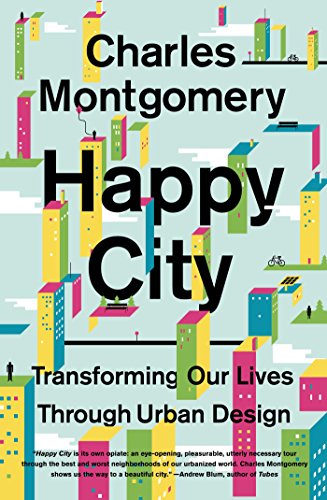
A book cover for Happy City: Transforming Our Lives Through Urban Design; Charles Montgomery; Medical Books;